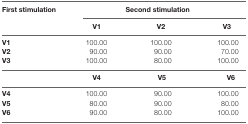
<table><thead><tr><td><b>First stimulation</b></td><td colspan="3"><b>Second stimulation</b></td></tr><tr><td></td><td><b>V1</b></td><td><b>V2</b></td><td><b>V3</b></td></tr></thead><tbody><tr><td><b>V1</b></td><td>100.00</td><td>100.00</td><td>100.00</td></tr><tr><td><b>V2</b></td><td>90.00</td><td>90.00</td><td>70.00</td></tr><tr><td><b>V3</b></td><td>100.00</td><td>80.00</td><td>100.00</td></tr><tr><td></td><td><b>V4</b></td><td><b>V5</b></td><td><b>V6</b></td></tr><tr><td><b>V4</b></td><td>100.00</td><td>90.00</td><td>100.00</td></tr><tr><td><b>V5</b></td><td>80.00</td><td>90.00</td><td>80.00</td></tr><tr><td><b>V6</b></td><td>90.00</td><td>80.00</td><td>100.00</td></tr></tbody></table>